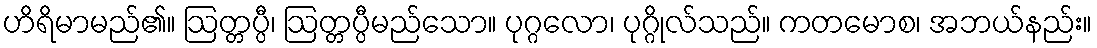
ဟိရိမာမည်၏။ ဩတ္တပ္ပီ၊ ဩတ္တပ္ပီမည်သော။ ပုဂ္ဂလော၊ ပုဂ္ဂိုလ်သည်။ ကတမောစ၊ အဘယ်နည်း။